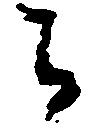
寺